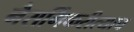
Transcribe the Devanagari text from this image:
नैसर्गिकरीत्याच